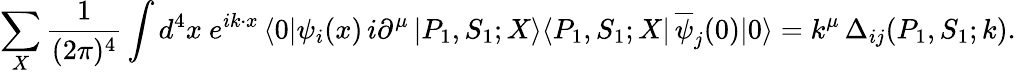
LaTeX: \sum_{X}\frac{1}{(2\pi)^{4}}\int d^{4}x\ e^{ik\cdot x}\, \langle 0\vert\psi_{i}(x)\, i\partial^{\mu}\, \vert P_{1},S_{1};X\rangle\langle P_{1},S_{1};X\vert\, \overline{{\psi}}_{j}(0)\vert 0\rangle=k^{\mu}\, \Delta_{ij}(P_{1},S_{1};k).